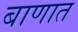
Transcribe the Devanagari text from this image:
बाणात